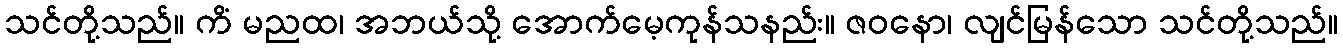
သင်တို့သည်။ ကိံ မညထ၊ အဘယ်သို့ အောက်မေ့ကုန်သနည်း။ ဇဝနော၊ လျင်မြန်သော သင်တို့သည်။